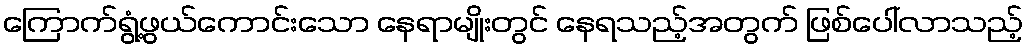
ကြောက်ရွံ့ဖွယ်ကောင်းသော နေရာမျိုးတွင် နေရသည့်အတွက် ဖြစ်ပေါ်လာသည့်